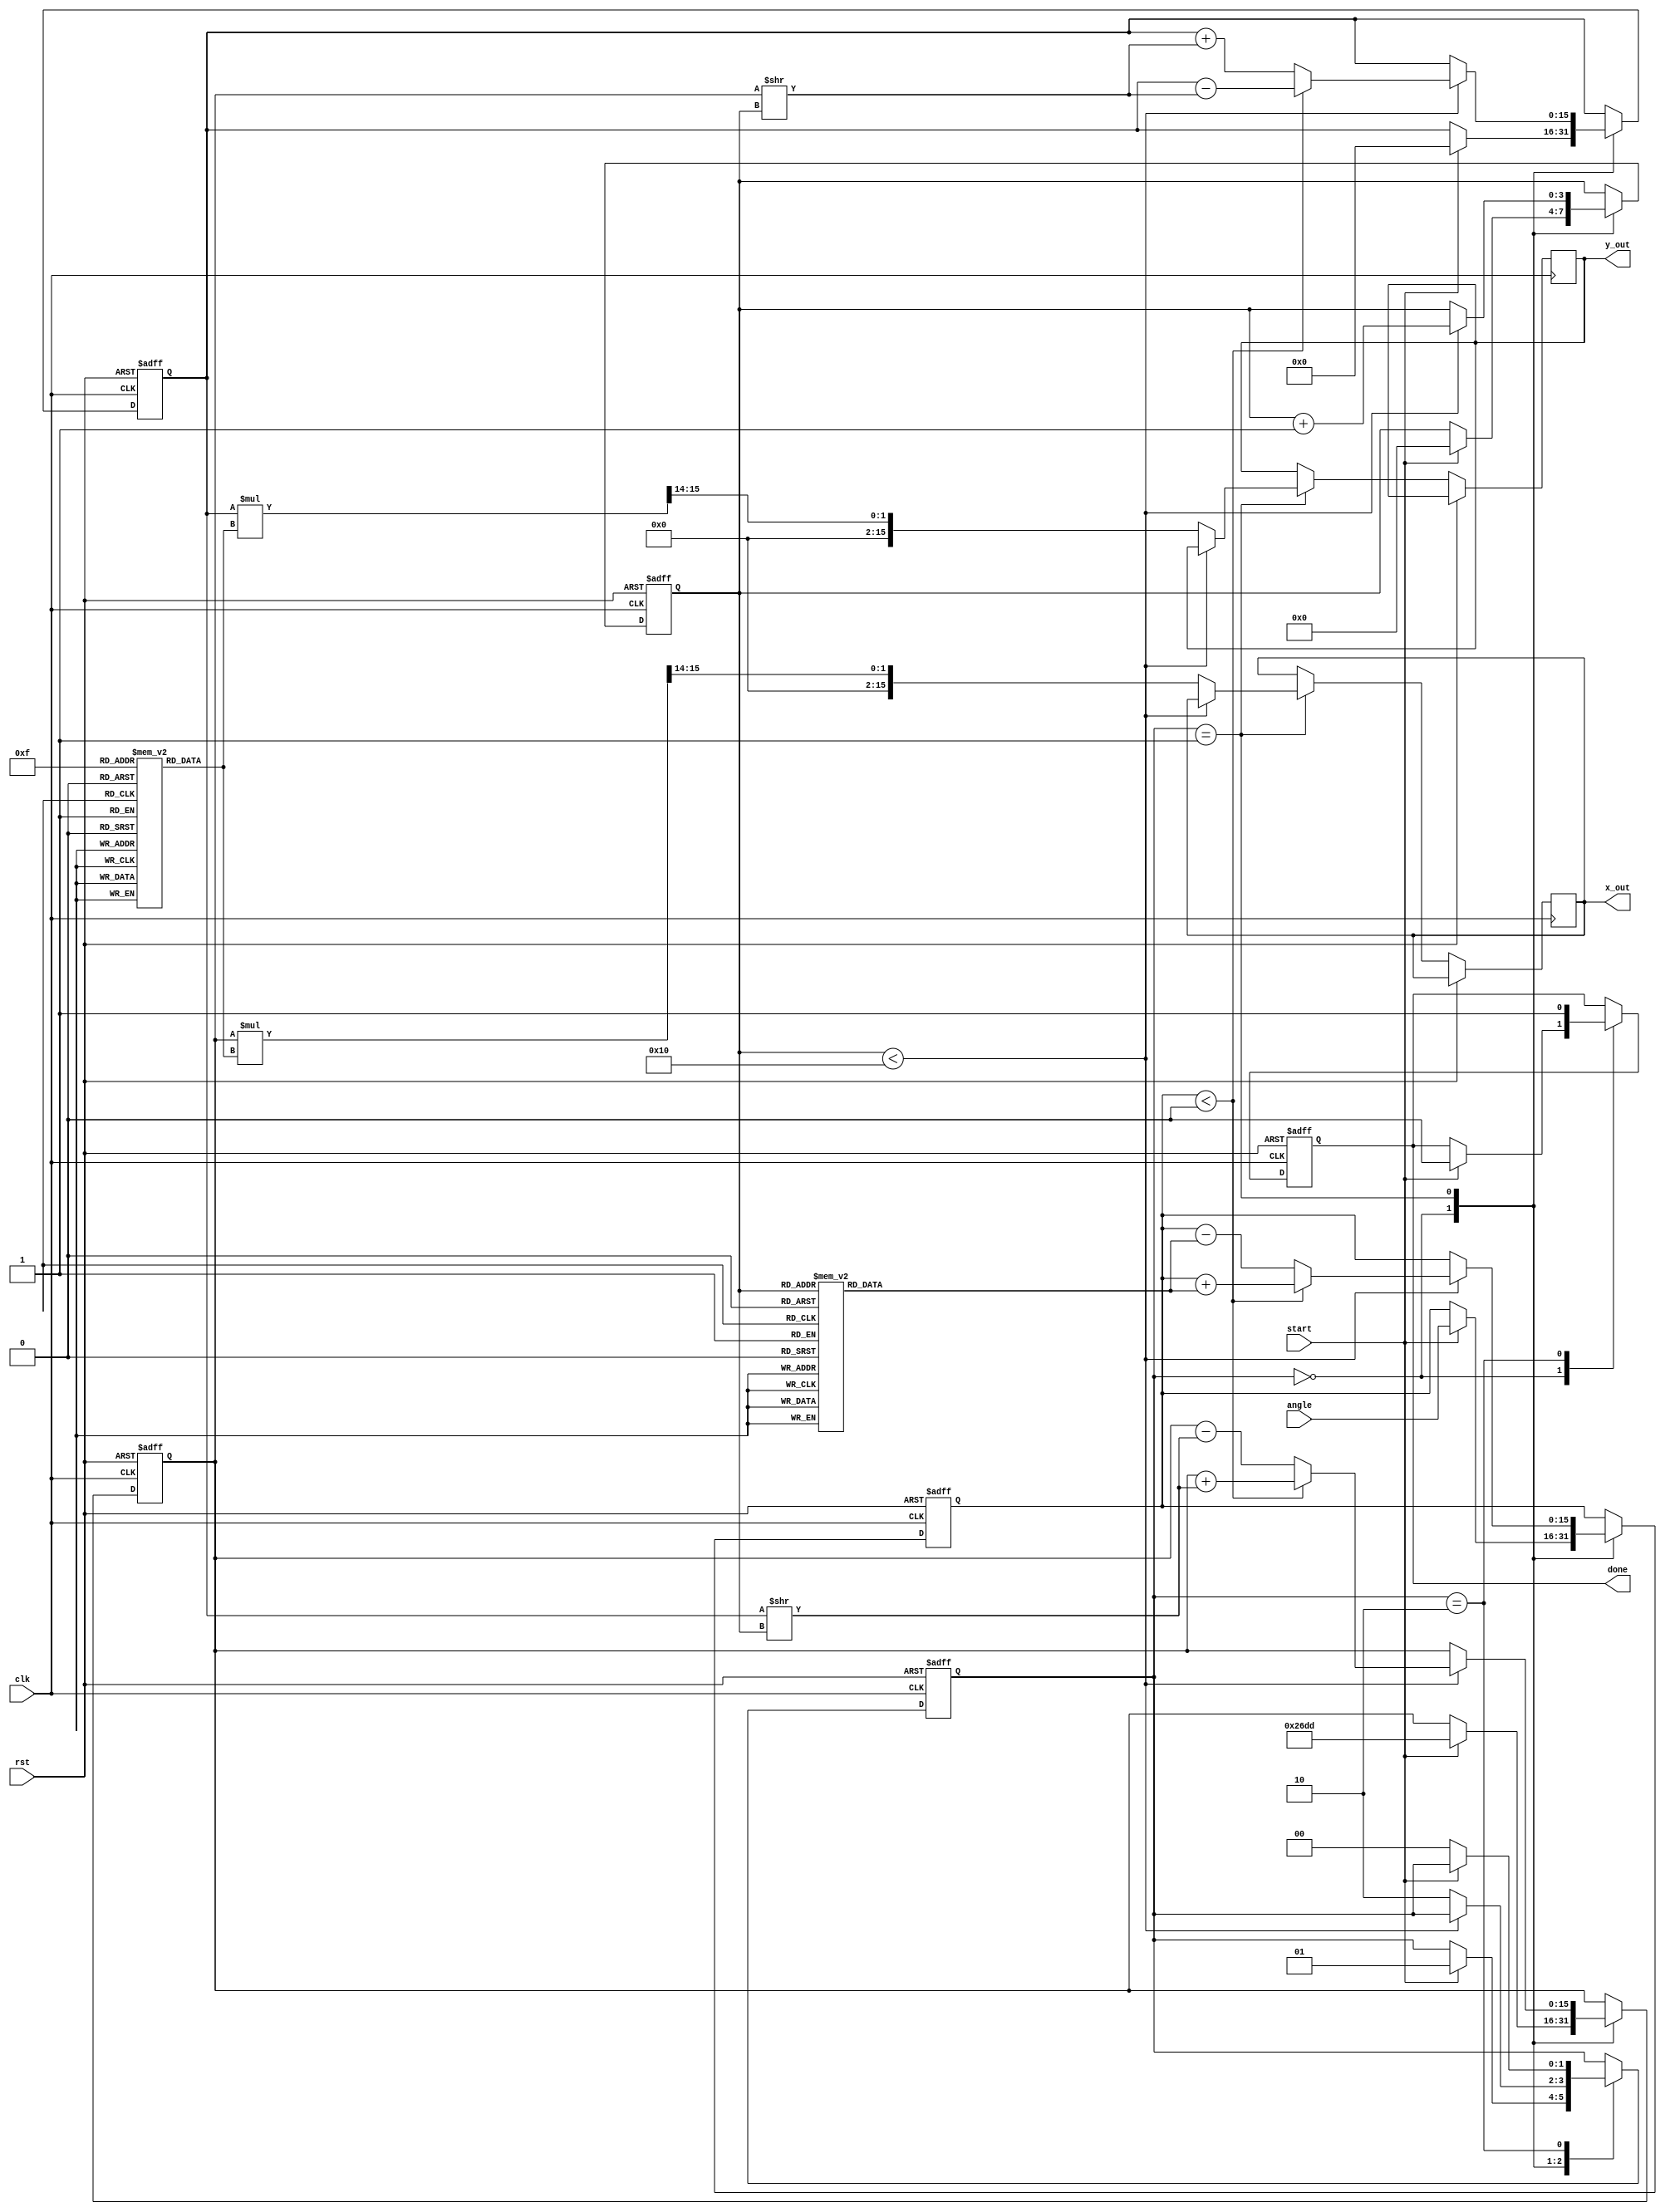
module cordic (
    input wire clk,
    input wire rst,
    input wire [15:0] angle, // Input angle in fixed-point format
    input wire start,
    output reg [15:0] x_out, // Output cosine value
    output reg [15:0] y_out, // Output sine value
    output reg done
);

    // Parameters
    parameter NUM_ITERATIONS = 16; // Number of iterations
    parameter GAIN = 16'h26DD; // Gain value (fixed-point representation)

    // LUTs for angles and gains
    reg [15:0] angle_lut [0:NUM_ITERATIONS-1];
    reg [15:0] gain_lut [0:NUM_ITERATIONS-1];

    // Internal registers
    reg [15:0] x, y;
    reg [15:0] z; // Angle accumulator
    reg [3:0] iteration;
    reg [1:0] state;

    // State machine states
    localparam IDLE = 2'b00;
    localparam RUN = 2'b01;
    localparam DONE = 2'b10;

    // Initialize LUTs
    initial begin
        // Precomputed angles (in fixed-point format)
        angle_lut[0] = 16'h2000; // atan(2^0)
        angle_lut[1] = 16'h1666; // atan(2^-1)
        angle_lut[2] = 16'h0D89; // atan(2^-2)
        angle_lut[3] = 16'h0A3D; // atan(2^-3)
        angle_lut[4] = 16'h0523; // atan(2^-4)
        angle_lut[5] = 16'h028F; // atan(2^-5)
        angle_lut[6] = 16'h0143; // atan(2^-6)
        angle_lut[7] = 16'h00A2; // atan(2^-7)
        angle_lut[8] = 16'h0051; // atan(2^-8)
        angle_lut[9] = 16'h0028; // atan(2^-9)
        angle_lut[10] = 16'h0014; // atan(2^-10)
        angle_lut[11] = 16'h000A; // atan(2^-11)
        angle_lut[12] = 16'h0005; // atan(2^-12)
        angle_lut[13] = 16'h0002; // atan(2^-13)
        angle_lut[14] = 16'h0001; // atan(2^-14)
        angle_lut[15] = 16'h0000; // atan(2^-15)

        // Precomputed gains (fixed-point representation)
        gain_lut[0] = 16'h26DD; // Gain for iteration 0
        gain_lut[1] = 16'h1A8D; // Gain for iteration 1
        gain_lut[2] = 16'h0F6E; // Gain for iteration 2
        gain_lut[3] = 16'h07B9; // Gain for iteration 3
        gain_lut[4] = 16'h03F2; // Gain for iteration 4
        gain_lut[5] = 16'h01F8; // Gain for iteration 5
        gain_lut[6] = 16'h00FC; // Gain for iteration 6
        gain_lut[7] = 16'h007E; // Gain for iteration 7
        gain_lut[8] = 16'h003F; // Gain for iteration 8
        gain_lut[9] = 16'h001F; // Gain for iteration 9
        gain_lut[10] = 16'h000F; // Gain for iteration 10
        gain_lut[11] = 16'h0007; // Gain for iteration 11
        gain_lut[12] = 16'h0003; // Gain for iteration 12
        gain_lut[13] = 16'h0001; // Gain for iteration 13
        gain_lut[14] = 16'h0000; // Gain for iteration 14
        gain_lut[15] = 16'h0000; // Gain for iteration 15
    end

    // State machine for CORDIC operation
    always @(posedge clk or posedge rst) begin
        if (rst) begin
            state <= IDLE;
            iteration <= 0;
            x <= 16'h26DD; // Initial x = gain
            y <= 0;        // Initial y = 0
            z <= 0;        // Initial angle = 0
            done <= 0;
        end else begin
            case (state)
                IDLE: begin
                    if (start) begin
                        z <= angle; // Load input angle
                        iteration <= 0;
                        x <= GAIN; // Initialize x with gain
                        y <= 0;    // Initialize y
                        state <= RUN;
                        done <= 0;
                    end
                end
                RUN: begin
                    if (iteration < NUM_ITERATIONS) begin
                        if (z < 0) begin
                            // Rotate clockwise
                            x <= x + (y >> iteration);
                            y <= y - (x >> iteration);
                            z <= z + angle_lut[iteration];
                        end else begin
                            // Rotate counterclockwise
                            x <= x - (y >> iteration);
                            y <= y + (x >> iteration);
                            z <= z - angle_lut[iteration];
                        end
                        iteration <= iteration + 1;
                    end else begin
                        // Scaling output
                        x_out <= (x * gain_lut[NUM_ITERATIONS-1]) >> 14; // Scale x
                        y_out <= (y * gain_lut[NUM_ITERATIONS-1]) >> 14; // Scale y
                        state <= DONE;
                    end
                end
                DONE: begin
                    done <= 1; // Indicate completion
                    if (!start) begin
                        state <= IDLE; // Go back to IDLE state
                    end
                end
            endcase
        end
    end
endmodule